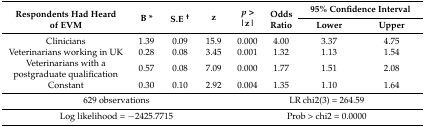
<table><thead><tr><td rowspan="2"><b>Respondents Had Heard of EVM</b></td><td rowspan="2"><b>B *</b></td><td rowspan="2"><b>S.E <sup>†</sup></b></td><td rowspan="2"><b>z</b></td><td rowspan="2"><b><i>p</i> &gt; |z|</b></td><td rowspan="2"><b>Odds Ratio</b></td><td colspan="2"><b>95% Confidence Interval</b></td></tr><tr><td><b>Lower</b></td><td><b>Upper</b></td></tr></thead><tbody><tr><td>Clinicians</td><td>1.39</td><td>0.09</td><td>15.9</td><td>0.000</td><td>4.00</td><td>3.37</td><td>4.75</td></tr><tr><td>Veterinarians working in UK</td><td>0.28</td><td>0.08</td><td>3.45</td><td>0.001</td><td>1.32</td><td>1.13</td><td>1.54</td></tr><tr><td>Veterinarians with a postgraduate qualification</td><td>0.57</td><td>0.08</td><td>7.09</td><td>0.000</td><td>1.77</td><td>1.51</td><td>2.08</td></tr><tr><td>Constant</td><td>0.30</td><td>0.10</td><td>2.92</td><td>0.004</td><td>1.35</td><td>1.10</td><td>1.64</td></tr><tr><td colspan="4">629 observations</td><td colspan="4">LR chi2(3) = 264.59</td></tr><tr><td colspan="4">Log likelihood = −2425.7715</td><td colspan="4">Prob &gt; chi2 = 0.0000</td></tr></tbody></table>